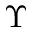
\Upsilon